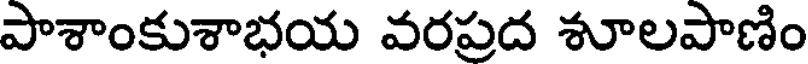
పాశాంకుశాభయ వరప్రద శూలపాణిం